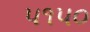
૫૧૫૦